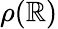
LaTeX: \rho(\mathbb{R})